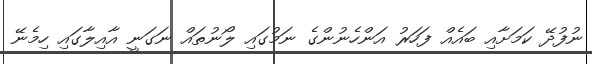
ނުފުދޭ ކަމަށާއި ބައެއް ފަހަރު އަންހެނުންގެ ނަމުގައި ލޯނުތައް ނަގަނީ އާއިލާގައި ހިމެނޭ